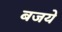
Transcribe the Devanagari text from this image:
बजये